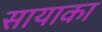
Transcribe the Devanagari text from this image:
सायाका